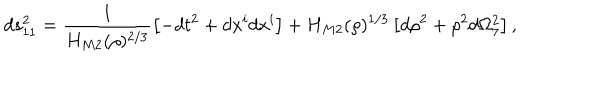
d s _ { 1 1 } ^ { 2 } = \frac { 1 } { H _ { M 2 } ( \rho ) ^ { 2 / 3 } } \left[ - d t ^ { 2 } + d x ^ { i } d x ^ { i } \right] + H _ { M 2 } ( \rho ) ^ { 1 / 3 } \left[ d \rho ^ { 2 } + \rho ^ { 2 } d \Omega _ { 7 } ^ { 2 } \right] ,